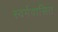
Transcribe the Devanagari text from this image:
स्वर्गवासित